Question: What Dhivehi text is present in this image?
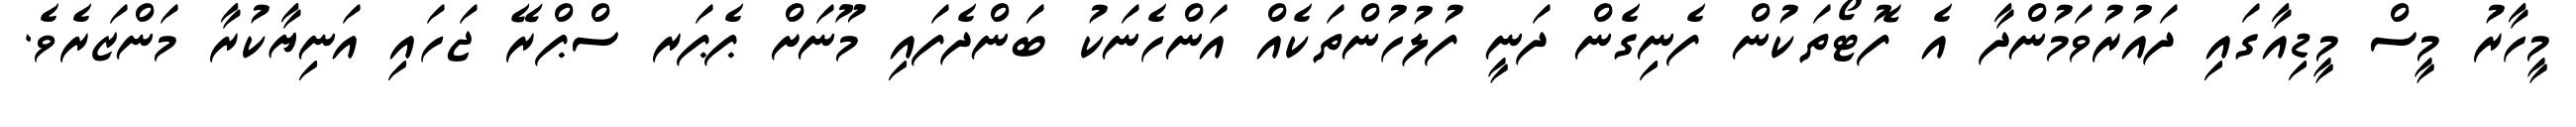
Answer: މީހާރު މީސް މީޑިއާގައި ދައުރުވަމުންދާ އެ ފޮޓޯތަކުން ފެނިގެން ދަނީ ފުލުހުންތަކެއް އަންހެނަކު ބަންދެފައި މޫނަށް ޕެޕަރ ސްޕްރޭ ޖަހައި އަނިޔާކުރާ މަންޒަރެވެ.